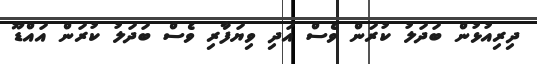
ދިރިއުޅުން ބަދަލު ކުރަން ވެސް އަދި ވިޔަފާރި ވެސް ބަދަލު ކުރަން އައްޑޫ